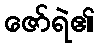
ဇော်ရဲ၏